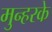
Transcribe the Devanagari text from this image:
मुन्हरके